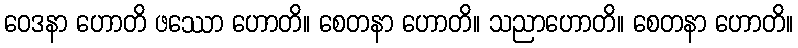
ဝေဒနာ ဟောတိ ဖဿော ဟောတိ။ စေတနာ ဟောတိ။ သညာဟောတိ။ စေတနာ ဟောတိ။